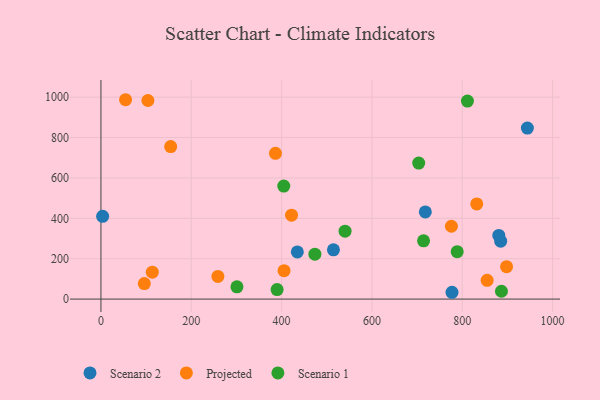
{"axis": {"x": "Engine Size", "y": "Demand"}, "legend": ["Projected", "Scenario 1", "Scenario 2"], "data": [{"x": "944.2", "y": 846.8, "type": "Scenario 2"}, {"x": "434.8", "y": 233.5, "type": "Scenario 2"}, {"x": "718.2", "y": 431.7, "type": "Scenario 2"}, {"x": "3.7", "y": 409.9, "type": "Scenario 2"}, {"x": "880.9", "y": 315.0, "type": "Scenario 2"}, {"x": "885.1", "y": 286.5, "type": "Scenario 2"}, {"x": "514.8", "y": 244.0, "type": "Scenario 2"}, {"x": "777.3", "y": 33.7, "type": "Scenario 2"}, {"x": "776.0", "y": 360.6, "type": "Projected"}, {"x": "54.5", "y": 987.1, "type": "Projected"}, {"x": "96.0", "y": 76.7, "type": "Projected"}, {"x": "422.0", "y": 415.6, "type": "Projected"}, {"x": "832.1", "y": 471.2, "type": "Projected"}, {"x": "386.4", "y": 721.5, "type": "Projected"}, {"x": "898.1", "y": 160.5, "type": "Projected"}, {"x": "855.1", "y": 93.0, "type": "Projected"}, {"x": "154.4", "y": 755.3, "type": "Projected"}, {"x": "258.9", "y": 112.2, "type": "Projected"}, {"x": "405.4", "y": 140.7, "type": "Projected"}, {"x": "104.0", "y": 983.2, "type": "Projected"}, {"x": "113.7", "y": 133.3, "type": "Projected"}, {"x": "703.6", "y": 673.5, "type": "Scenario 1"}, {"x": "301.1", "y": 60.5, "type": "Scenario 1"}, {"x": "811.5", "y": 980.3, "type": "Scenario 1"}, {"x": "473.7", "y": 222.3, "type": "Scenario 1"}, {"x": "540.5", "y": 336.2, "type": "Scenario 1"}, {"x": "788.8", "y": 234.5, "type": "Scenario 1"}, {"x": "714.3", "y": 288.3, "type": "Scenario 1"}, {"x": "390.0", "y": 47.1, "type": "Scenario 1"}, {"x": "886.8", "y": 38.8, "type": "Scenario 1"}, {"x": "404.8", "y": 559.7, "type": "Scenario 1"}]}